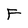
Character: F